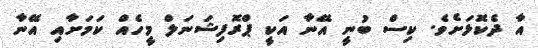
އާ ދެކޮޅަށެވެ. ކިސް ބުނީ އޭނާ އަކީ ޕްރޮފިޝަނަލް މީހެއް ކަމަށާއި އޭނާ